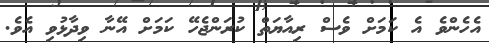
އެހެންވެ އެ ކަމަށް ވެސް ރިއާޔަތް ކުރަންޖެހޭ ކަމަށް އޭނާ ވިދާޅުވި އެވެ.